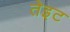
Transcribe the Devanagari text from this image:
तेइट